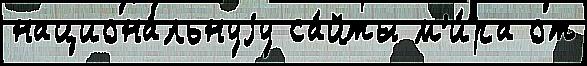
национа́льнуjу са́йты м'и́ра от